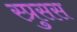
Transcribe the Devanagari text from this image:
स्प्रुसस